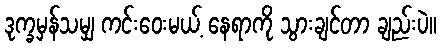
ဒုက္ခမှန်သမျှ ကင်းဝေးမယ့် နေရာကို သွားချင်တာ ချည်းပဲ။